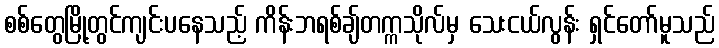
စစ်တွေမြို့တွင်ကျင်းပနေသည့် ကိန်းဘရစ်ချ်တက္ကသိုလ်မှ သေးငယ်လွန်း ရှင်တော်မူသည်